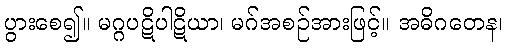
ပွားစေ၍။ မဂ္ဂပဋိပါဋိယာ၊ မဂ်အစဉ်အားဖြင့်။ အဓိဂတေန၊